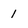
Character: 1